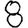
Digit: 8